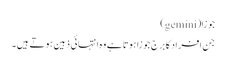
جوزا(gemini)
جن افراد کا برج جوزا ہوتا ہے وہ انتہائی ذہین ہوتے ہیں۔